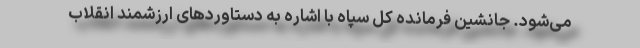
می‌شود. جانشین فرمانده کل سپاه با اشاره به دستاوردهای ارزشمند انقلاب